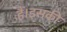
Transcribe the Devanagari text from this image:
हैं।इसकी